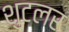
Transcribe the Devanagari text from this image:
शुटलर